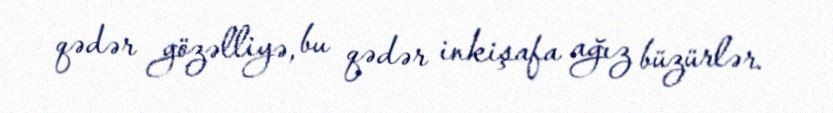
qədər gözəlliyə, bu qədər inkişafa ağız büzürlər.